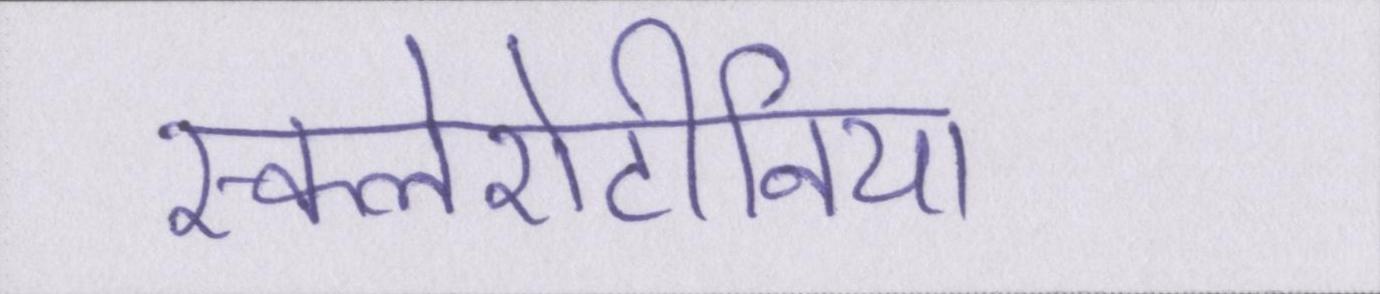
स्कलेरोटीनिया